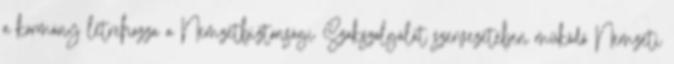
a kormány létrehozza a Nemzetbiztonsági Szakszolgálat szervezetében működő Nemzeti